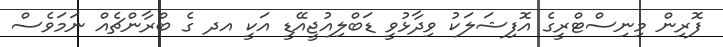
ފޮރިން މިނިސްޓްރީގެ އޮފިޝަލަކު ވިދާޅުވީ ޑަބްލިއުޖީއޭޑީ އަކީ އދ ގެ ބްރާންޗެއް ނަމަވެސް